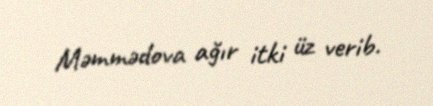
Məmmədova ağır itki üz verib.